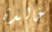
خالدة